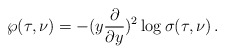
\begin{align*}\wp(\tau,\nu)=-(y\frac{\partial}{\partial y})^2 \log \sigma(\tau,\nu)\,.\end{align*}